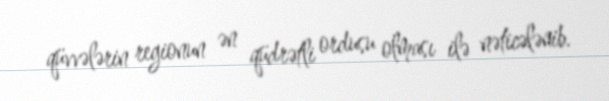
qüvvələrin regionun ən qüdrətli ordusu olması ilə nəticələnib.